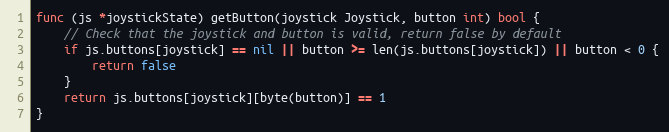
Language: Go
func (js *joystickState) getButton(joystick Joystick, button int) bool {
	// Check that the joystick and button is valid, return false by default
	if js.buttons[joystick] == nil || button >= len(js.buttons[joystick]) || button < 0 {
		return false
	}
	return js.buttons[joystick][byte(button)] == 1
}